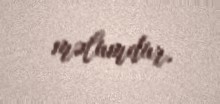
məlumdur.